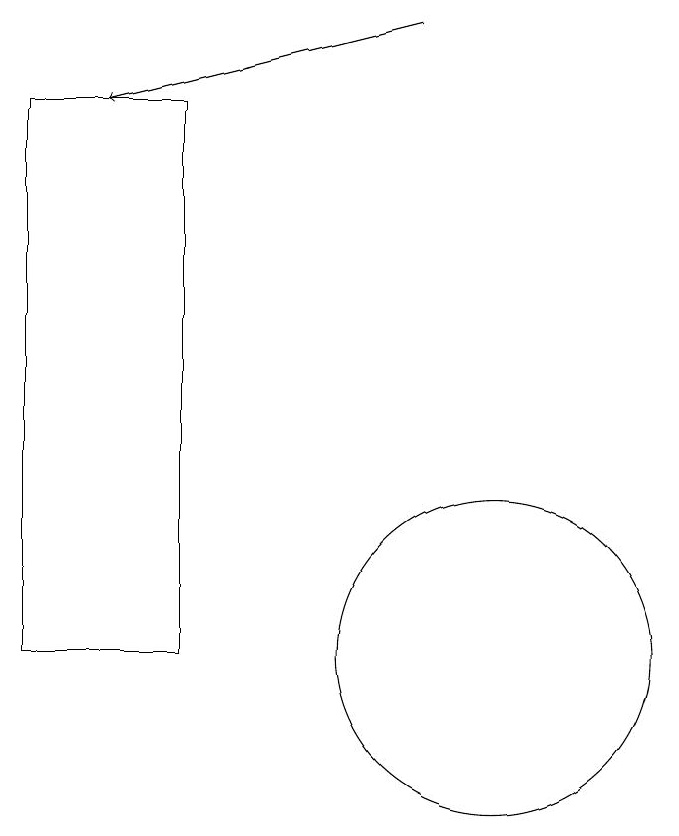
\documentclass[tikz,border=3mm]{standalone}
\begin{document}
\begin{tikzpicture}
\draw (6,10) rectangle (4,17);
\draw (10,10) circle (2);
\draw[->] (9,18) -- (5,17);
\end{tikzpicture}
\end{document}